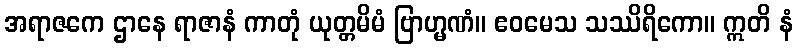
အရာဇကေ ဌာနေ ရာဇာနံ ကာတုံ ယုတ္တမိမံ ဗြာဟ္မဏံ။ ဧဝမေသ သဿိရိကော။ ဣတိ နံ